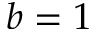
b = 1